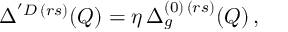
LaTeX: \Delta ^ { ' D \, ( r s ) } ( Q ) = \eta \, \Delta _ { g } ^ { ( 0 ) \, ( r s ) } ( Q ) \, ,